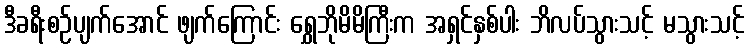
ဒီခရီးစဉ်ပျက်အောင် ဖျက်ကြောင်း ရွှေဘိုမိမိကြီးက အရှင်နှစ်ပါး ဘိလပ်သွားသင့် မသွားသင့်